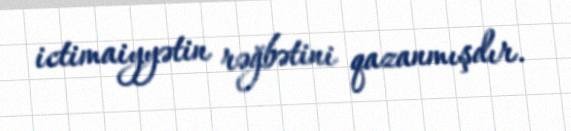
ictimaiyyətin rəğbətini qazanmışdır.